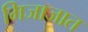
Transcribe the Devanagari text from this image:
मिजाजात